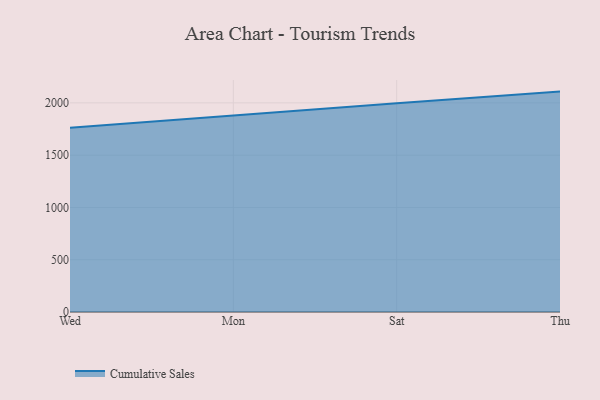
{"axis": {"x": "Day", "y": "Market Share (%)"}, "legend": ["Cumulative Sales"], "data": [{"x": "Wed", "y": 1762.0, "type": "Cumulative Sales"}, {"x": "Mon", "y": 1880.4, "type": "Cumulative Sales"}, {"x": "Sat", "y": 1996.1, "type": "Cumulative Sales"}, {"x": "Thu", "y": 2107.7, "type": "Cumulative Sales"}]}